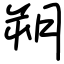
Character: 朔